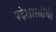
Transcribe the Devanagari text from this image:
पदेशास्त्रींची